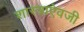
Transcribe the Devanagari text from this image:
शास्त्राऐवजी